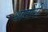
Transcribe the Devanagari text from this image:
धामोरी